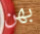
بهن